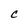
Character: C